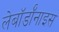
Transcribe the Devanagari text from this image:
लेबॉर्डॉनाइस